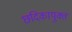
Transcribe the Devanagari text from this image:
छदिकायुक्त